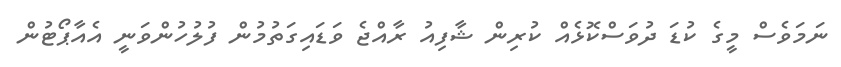
ނަމަވެސް މީގެ ކުޑަ ދުވަސްކޮޅެއް ކުރިން ޝާފިއު ރާއްޖެ ވަޑައިގަތުމުން ފުލުހުންވަނީ އެއާޕޯޓުން